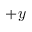
+ y